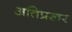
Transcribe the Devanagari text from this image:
अतिप्रखर